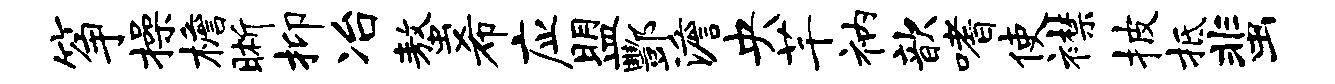
筝操檐晰抑冶螯希应盟酆澹央芊衲歆嗜使襟披抵蜚